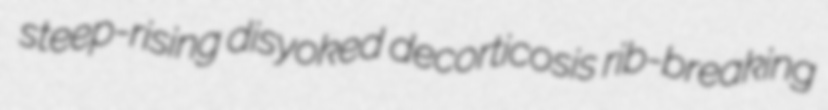
steep-rising disyoked decorticosis rib-breaking